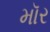
મૉર